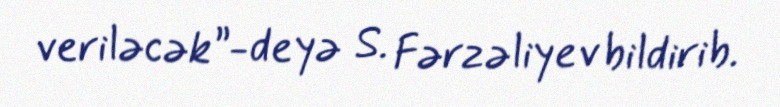
veriləcək”-deyə S. Fərzəliyev bildirib.